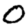
Digit: 0